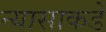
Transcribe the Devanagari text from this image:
न्यासाकडे